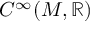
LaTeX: C ^ { \infty } ( M , \mathbb { R } )